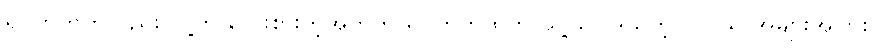
ရပ်ကွက်ကလည်း သူ့ကို လေးစားတဲ့အတွက် ရပ်ကွက်ထဲက သူ့ဩဝါဒယူတဲ့ လူငယ် အများအပြား